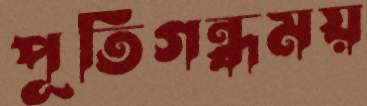
পূতিগন্ধময়